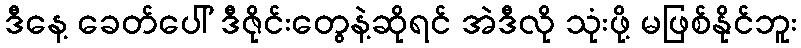
ဒီနေ့ ခေတ်ပေါ် ဒီဇိုင်းတွေနဲ့ဆိုရင် အဲဒီလို သုံးဖို့ မဖြစ်နိုင်ဘူး